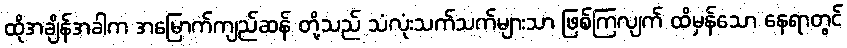
ထိုအချိန်အခါက အမြောက်ကျည်ဆန် တို့သည် သံလုံးသက်သက်များသာ ဖြစ်ကြလျက် ထိမှန်သော နေရာတွင်